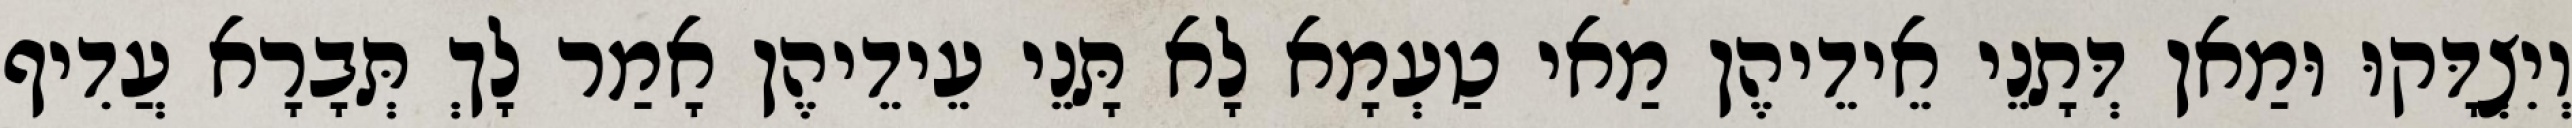
וְיִצְדָּקוּ וּמַאן דְּתָנֵי אֵידֵיהֶן מַאי טַעְמָא לָא תָּנֵי עֵידֵיהֶן אָמַר לָךְ תְּבָרָא עֲדִיף